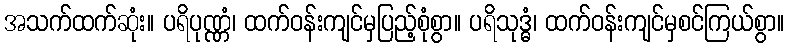
အသက်ထက်ဆုံး။ ပရိပုဏ္ဏံ၊ ထက်ဝန်းကျင်မှပြည့်စုံစွာ။ ပရိသုဒ္ဓံ၊ ထက်ဝန်းကျင်မှစင်ကြယ်စွာ။